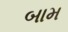
બામ